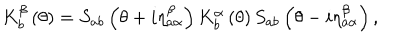
K _ { b } ^ { \beta } \left( \theta \right) = S _ { a b } \left( \theta + i \eta _ { a \alpha } ^ { \beta } \right) K _ { b } ^ { \alpha } \left( \theta \right) S _ { a b } \left( \theta - i \eta _ { a \alpha } ^ { \beta } \right) ,